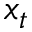
x _ { t }